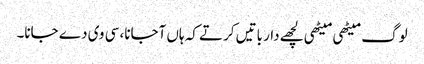
لوگ میٹھی میٹھی لچھے دار باتیں کرتے کہ ہاں آجانا، سی وی دے جانا۔